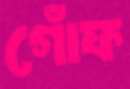
গোঁফ